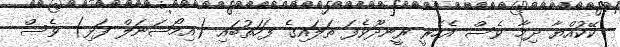
ކޭކުއްޔާ ދިމާ ވެސް އެހެރީ ރީނދޫވެފަ ތަލައިގެ ފަހަތުބައި (އިމޯޝަނަލް ފަޅި) ވެސް